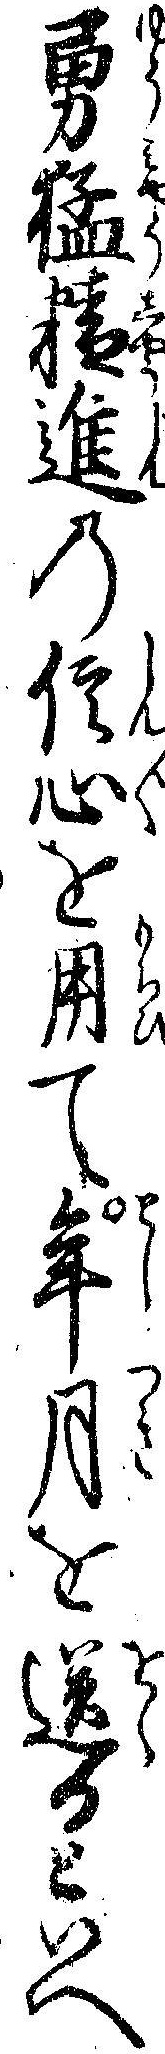
勇猛精進の信心を用て年月を送るといへ